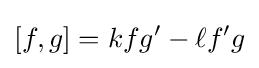
[f,g]=kfg'-\ell f'g